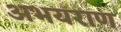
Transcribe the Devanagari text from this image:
अभयराण